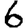
Digit: 6